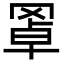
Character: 𦋇